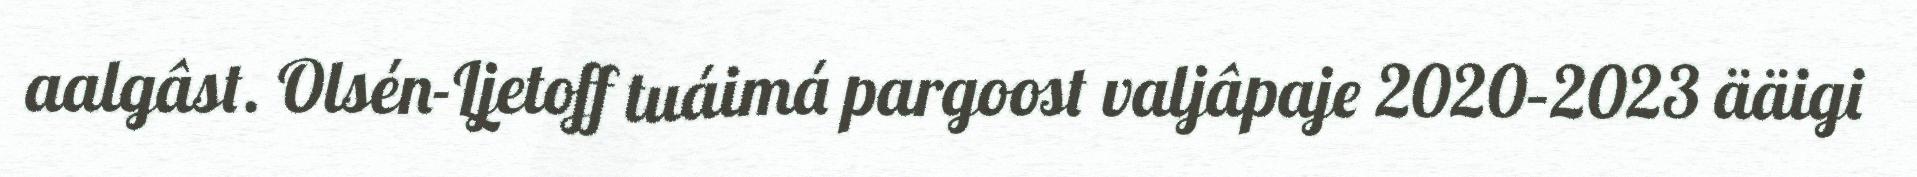
aalgâst. Olsén-Ljetoff tuáimá pargoost valjâpaje 2020–2023 ääigi